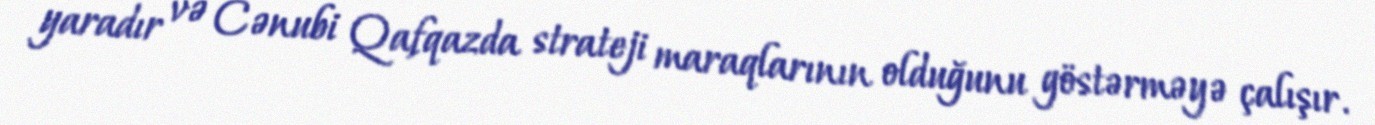
yaradır və Cənubi Qafqazda strateji maraqlarının olduğunu göstərməyə çalışır.